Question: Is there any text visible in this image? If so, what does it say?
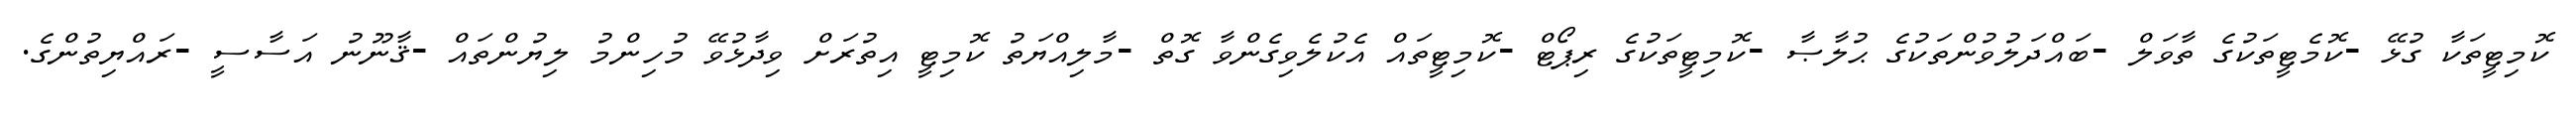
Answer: ކޮމިޓީތަކާ ގުޅޭ -ކޮމެޓީތަކުގެ ތާވަލް -ބައްދަލުވުންތަކުގެ ޙުލާޞާ -ކޮމިޓީތަކުގެ ރިޕޯޓް -ކޮމިޓީތައް އެކުލެވިގެންވާ ގޮތް -މާލިއްޔަތު ކޮމިޓީ އިތުރަށް ވިދާޅުވޭ މުހިންމު ލިޔުންތައް -ޤާނޫނު އަސާސީ -ރައްޔިތުންގެ.